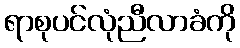
ရာစုပင်လုံညီလာခံကို